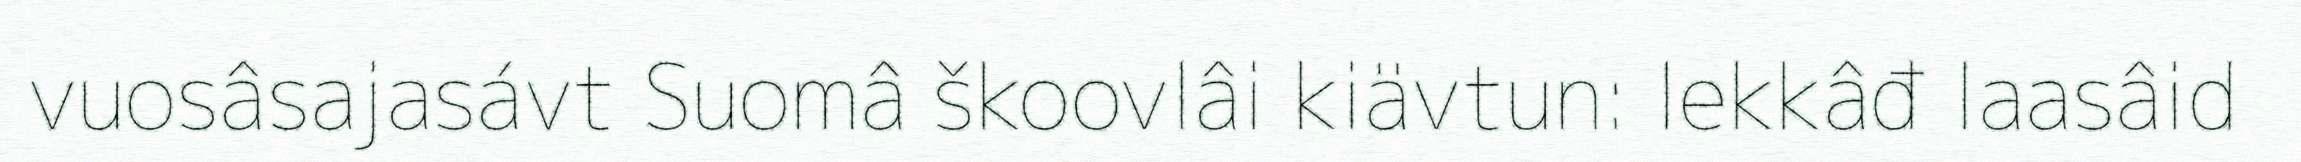
vuosâsajasávt Suomâ škoovlâi kiävtun: lekkâđ laasâid